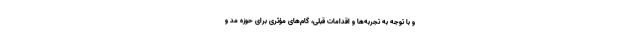
و با توجه به تجربه‌ها و اقدامات قبلی، گام‌های مؤثری برای حوزه مد و